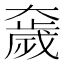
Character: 奯